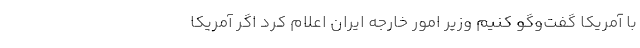
با آمریکا گفت‌وگو کنیم وزیر امور خارجه ایران اعلام کرد اگر آمریکا